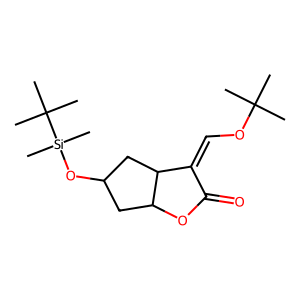
SMILES: CC(C)(C)OC=C1C(=O)OC2CC(O[Si](C)(C)C(C)(C)C)CC12
Inhibits HIV replication: No